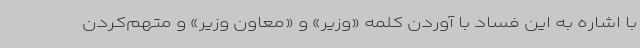
با اشاره به این فساد با آوردن کلمه «وزیر» و «معاون وزیر» و متهم‌کردن